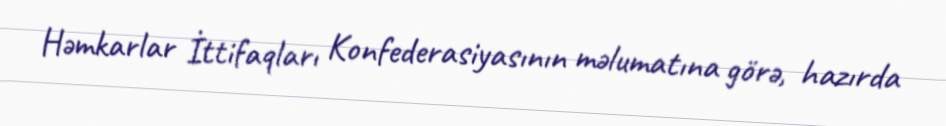
Həmkarlar İttifaqları Konfederasiyasının məlumatına görə, hazırda